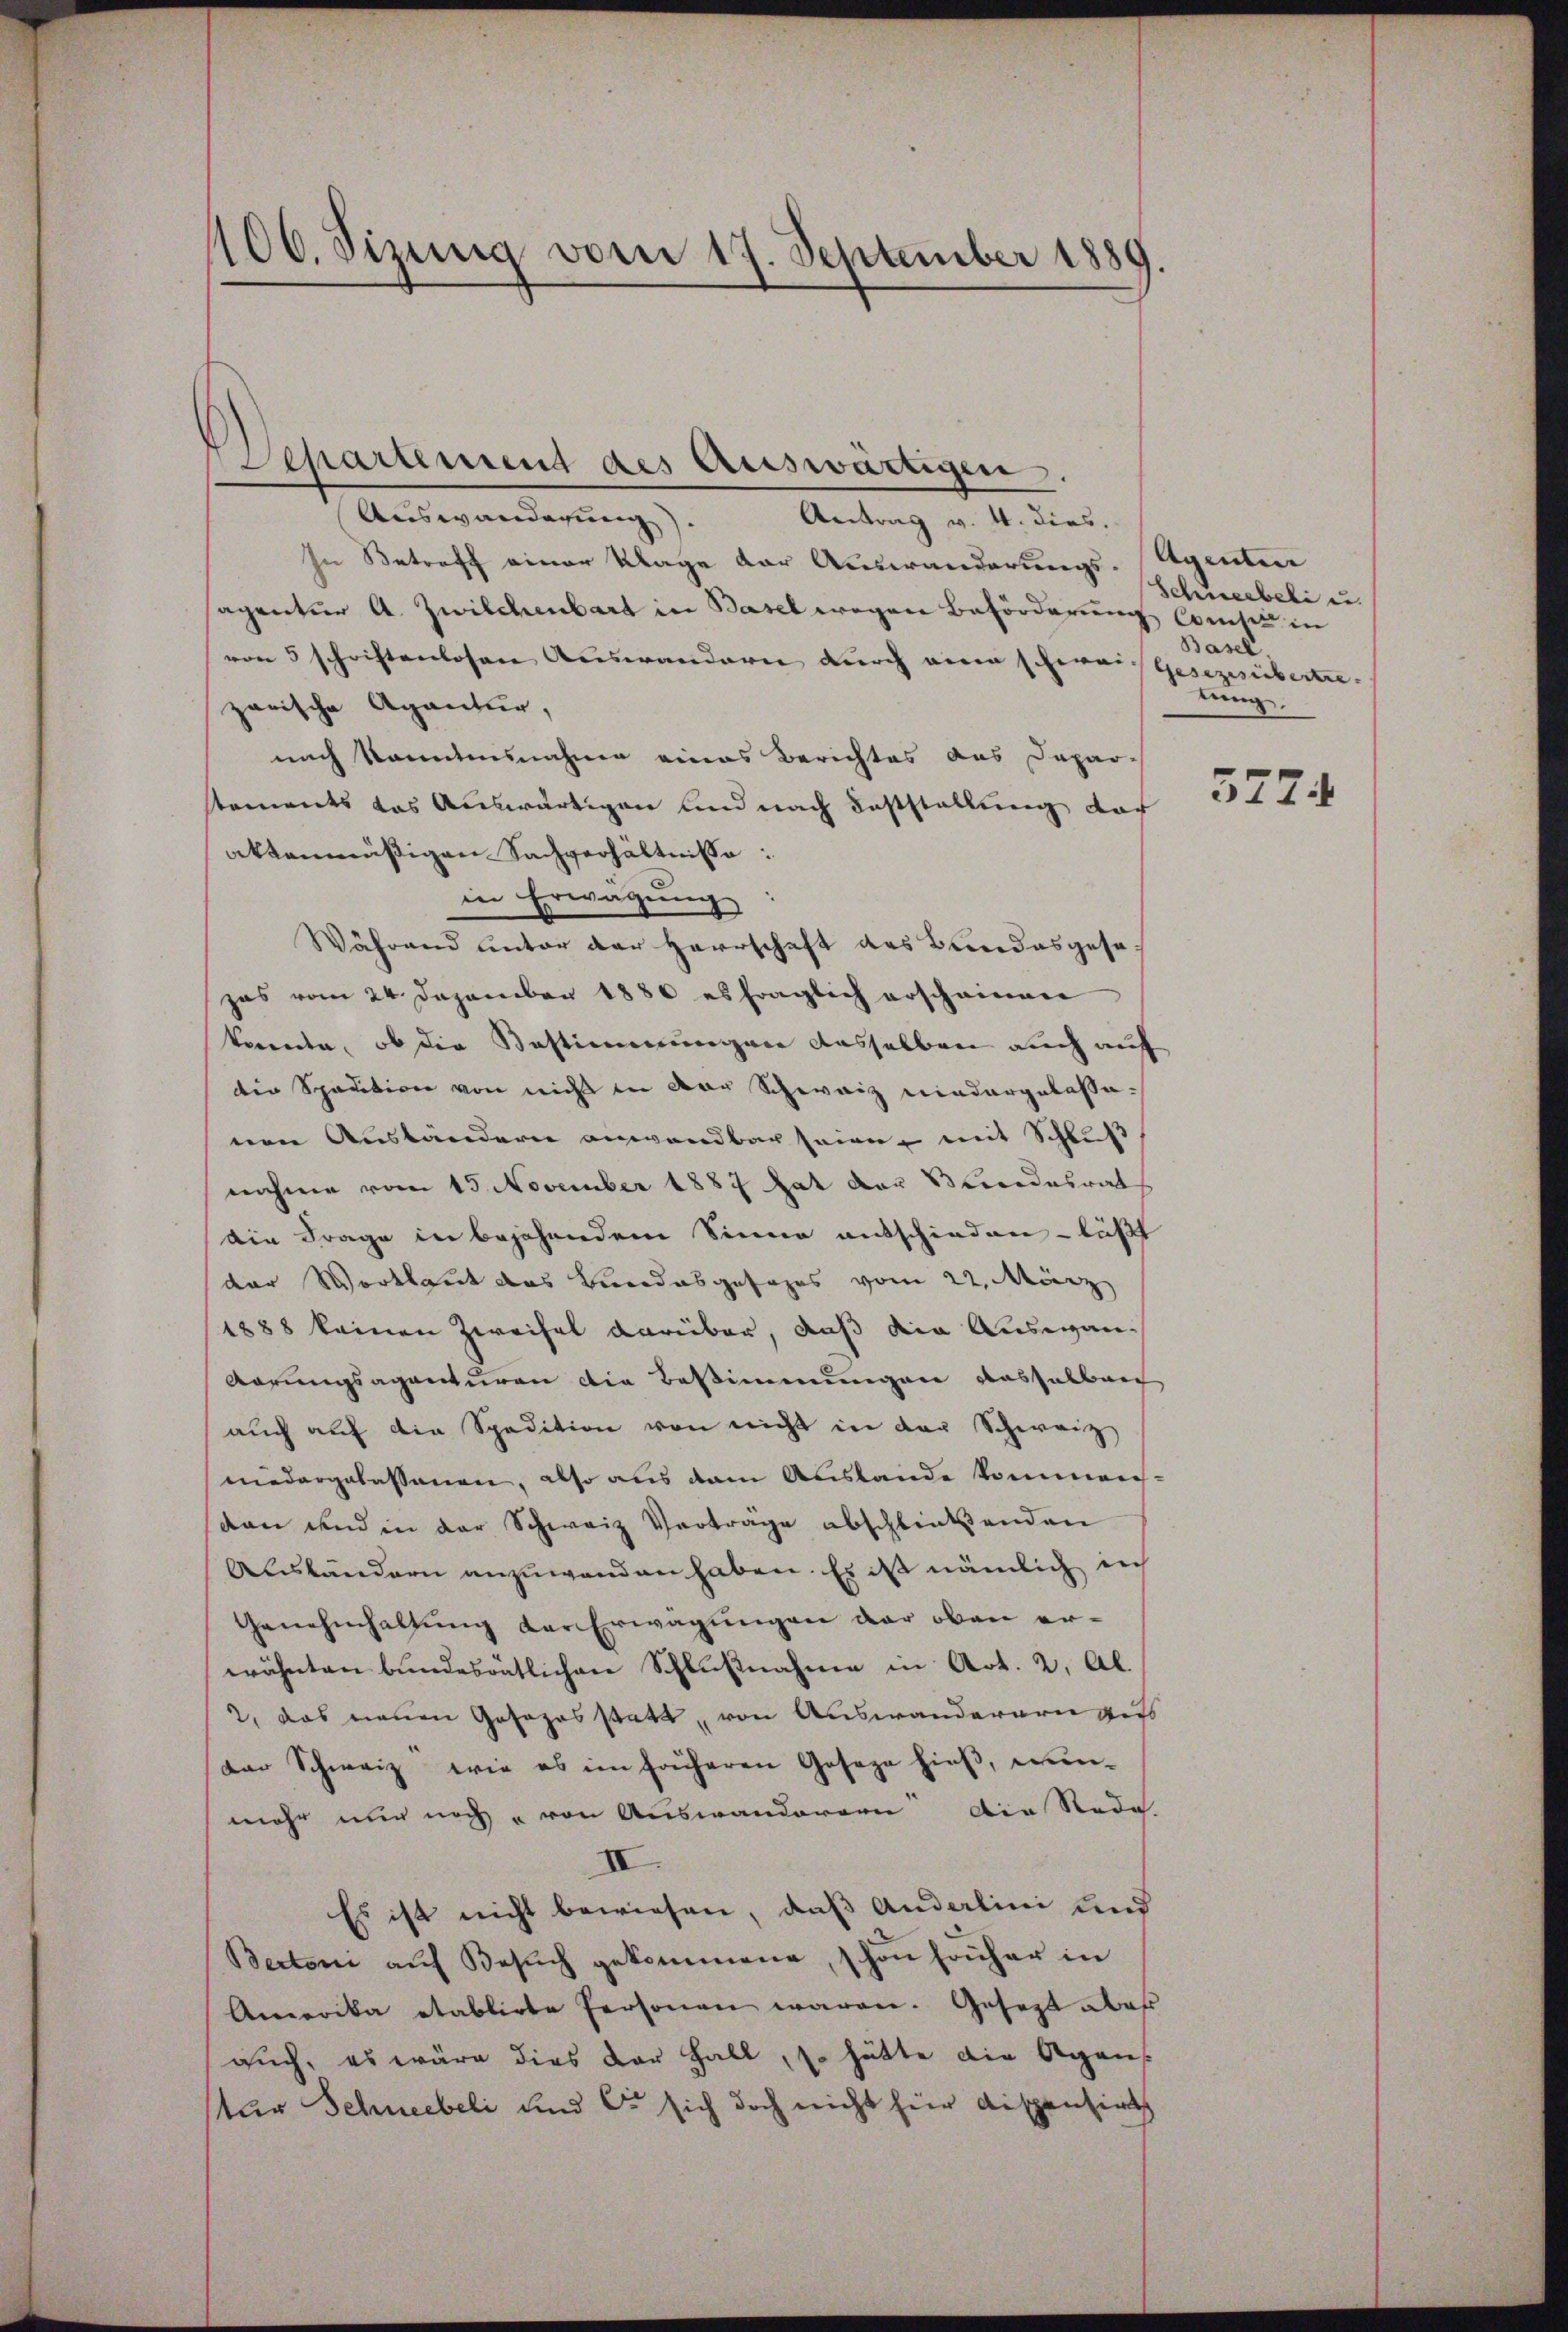
406. Sizung vom 17. September 1889.

Separtement des Auswärtigen.
Auswanderung).
Antrag v. 4. dies,

In Betroff einer Klage der Auswanderungs-Agenten
sagentur A. Zwilchenbart in Basel wegen Beförderung Consis in
von 5 schriftenlosen Auswandern durch eine schweis Gesezesübertre-
zarische Agantur,
nach kanntesnahme eines Berichtes aus Depar-
stements das Auswärtigen und nach Feststellung der
aktenmäßigen Sachverhältnisse:
in Erwägung
Während unter der Herrschaft des Bundesgesezas vom 24. Dezember 1886 es fraglich erscheinen
kunde, ob die Bestimmungen dasselben auch auf
die Spaution von nicht in der Schweiz niedergelassenen Ausländern anwendbar seien, mit Schluß
nahme vom 15. November 1887 hat der Bundesrat
die Frage in bejahendem Sinne entschieden – läßt
der Wortlaut das Bundesgesages vom 22. März
1888 keinen Zweifel darüber, daß die Auswan¬
Aarungsagenturen die Bestimmungen dasselben
aŭch auf die Spedition von nicht in der Schweiz
niedergelassenen, also aus dem Auslande kommenden und in der Schweiz Verträge abschließenden
Ausländern anzuwenden haben. Es ist nämlich in
Genehmhaltung der Erwägungen der oben erwähnten bundesrätlichen Schlußnahme in Art. 2, Al.
2., das neuen Gosozosstatt, von Auswanderern auss
der Schweiz, wie es im früheren Gesage hieß, wenmehr nur noch von Auswanderern die Rede
II.
Es ist nicht bewiesen, daß Anderlini und
Bertoni aŭf Besŭch gekommene, schon höher in
Amerika etablirte Personen waren. Gesezt aber
auch, es wäre dies der Fall, so hätte die Agans
tur Schneebeli und Er sich doch nicht hier dispensirt

Schneebeli u.
Basel,
tung.

5724